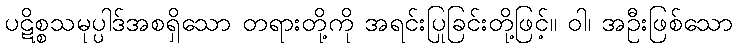
ပဋိစ္စသမုပ္ပါဒ်အစရှိသော တရားတို့ကို အရင်းပြုခြင်းတို့ဖြင့်။ ဝါ၊ အဦးဖြစ်သော